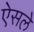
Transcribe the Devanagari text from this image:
ऐसले